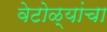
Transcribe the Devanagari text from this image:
वेटोळ्यांचा